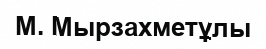
М. Мырзахметұлы